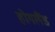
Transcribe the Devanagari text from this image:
होगलैंड